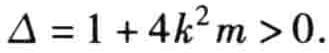
\(\Delta =1 + 4k^{2}m>0.\)